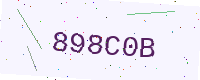
Text: 898C0B